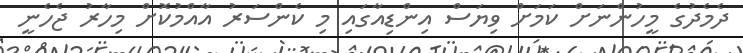
ދެމެދުގެ މީހުންނަށް ކަމަށް ވިޔަސް އިންޑިއާގައި މި ކެންސަރު އާއްމުކޮށް މިހާރު ޖެހެނީ